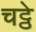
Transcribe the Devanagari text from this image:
चट्ठे